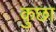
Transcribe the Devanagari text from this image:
कुछा